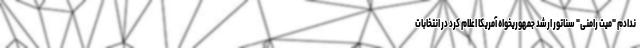
ندادم "میت رامنی" سناتور ارشد جمهوریخواه آمریکا اعلام کرد در انتخابات